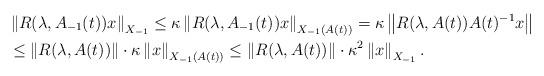
LaTeX: \begin{align*}& \left\|R(\lambda,A_{-1}(t))x\right\|_{X_{-1}}\leq\kappa\left\|R(\lambda,A_{-1}(t))x\right\|_{X_{-1}(A(t))}=\kappa\left\|R(\lambda,A(t))A(t)^{-1}x\right\|\\&\leq\left\|R(\lambda,A(t))\right\|\cdot\kappa\left\|x\right\|_{X_{-1}(A(t))}\leq\left\|R(\lambda,A(t))\right\|\cdot\kappa^2\left\|x\right\|_{X_{-1}}.\end{align*}